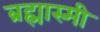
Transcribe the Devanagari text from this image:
ब्रह्मास्मी